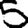
Digit: 5